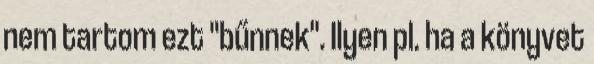
nem tartom ezt "bűnnek". Ilyen pl. ha a könyvet